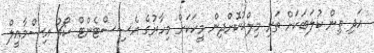
އަދި ތިން ކުލަބަކަށް ތަށި މިލްކުކޮށްދިން މީހަކަށް މިހާރުގެ އެސިސްޓެންޓް ކޯޗު އިސްމާއީލް